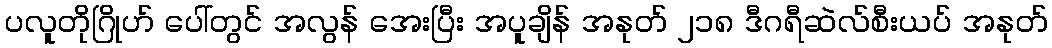
ပလူတိုဂြိုဟ် ပေါ်တွင် အလွန် အေးပြီး အပူချိန် အနုတ် ၂၁၈ ဒီဂရီဆဲလ်စီးယပ် အနုတ်